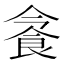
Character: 𩚜